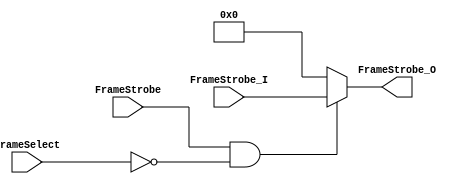
module Frame_Select_0 (FrameStrobe_I, FrameStrobe_O, FrameSelect, FrameStrobe);
	parameter MaxFramesPerCol = 20;
	parameter FrameSelectWidth = 5;
	parameter Col = 0;
	input [MaxFramesPerCol-1:0] FrameStrobe_I;
	output reg [MaxFramesPerCol-1:0] FrameStrobe_O;
	input [FrameSelectWidth-1:0] FrameSelect;
	input FrameStrobe;

//FrameStrobe_O = 0;
	always @ (*) begin
		if (FrameStrobe && (FrameSelect==Col)) 
			FrameStrobe_O =  FrameStrobe_I;
		else
			FrameStrobe_O = 'd0;
	end
endmodule

module Frame_Select_1 (FrameStrobe_I, FrameStrobe_O, FrameSelect, FrameStrobe);
	parameter MaxFramesPerCol = 20;
	parameter FrameSelectWidth = 5;
	parameter Col = 1;
	input [MaxFramesPerCol-1:0] FrameStrobe_I;
	output reg [MaxFramesPerCol-1:0] FrameStrobe_O;
	input [FrameSelectWidth-1:0] FrameSelect;
	input FrameStrobe;

//FrameStrobe_O = 0;
	always @ (*) begin
		if (FrameStrobe && (FrameSelect==Col)) 
			FrameStrobe_O =  FrameStrobe_I;
		else
			FrameStrobe_O = 'd0;
	end
endmodule

module Frame_Select_2 (FrameStrobe_I, FrameStrobe_O, FrameSelect, FrameStrobe);
	parameter MaxFramesPerCol = 20;
	parameter FrameSelectWidth = 5;
	parameter Col = 2;
	input [MaxFramesPerCol-1:0] FrameStrobe_I;
	output reg [MaxFramesPerCol-1:0] FrameStrobe_O;
	input [FrameSelectWidth-1:0] FrameSelect;
	input FrameStrobe;

//FrameStrobe_O = 0;
	always @ (*) begin
		if (FrameStrobe && (FrameSelect==Col)) 
			FrameStrobe_O =  FrameStrobe_I;
		else
			FrameStrobe_O = 'd0;
	end
endmodule

module Frame_Select_3 (FrameStrobe_I, FrameStrobe_O, FrameSelect, FrameStrobe);
	parameter MaxFramesPerCol = 20;
	parameter FrameSelectWidth = 5;
	parameter Col = 3;
	input [MaxFramesPerCol-1:0] FrameStrobe_I;
	output reg [MaxFramesPerCol-1:0] FrameStrobe_O;
	input [FrameSelectWidth-1:0] FrameSelect;
	input FrameStrobe;

//FrameStrobe_O = 0;
	always @ (*) begin
		if (FrameStrobe && (FrameSelect==Col)) 
			FrameStrobe_O =  FrameStrobe_I;
		else
			FrameStrobe_O = 'd0;
	end
endmodule

module Frame_Select_4 (FrameStrobe_I, FrameStrobe_O, FrameSelect, FrameStrobe);
	parameter MaxFramesPerCol = 20;
	parameter FrameSelectWidth = 5;
	parameter Col = 4;
	input [MaxFramesPerCol-1:0] FrameStrobe_I;
	output reg [MaxFramesPerCol-1:0] FrameStrobe_O;
	input [FrameSelectWidth-1:0] FrameSelect;
	input FrameStrobe;

//FrameStrobe_O = 0;
	always @ (*) begin
		if (FrameStrobe && (FrameSelect==Col)) 
			FrameStrobe_O =  FrameStrobe_I;
		else
			FrameStrobe_O = 'd0;
	end
endmodule

module Frame_Select_5 (FrameStrobe_I, FrameStrobe_O, FrameSelect, FrameStrobe);
	parameter MaxFramesPerCol = 20;
	parameter FrameSelectWidth = 5;
	parameter Col = 5;
	input [MaxFramesPerCol-1:0] FrameStrobe_I;
	output reg [MaxFramesPerCol-1:0] FrameStrobe_O;
	input [FrameSelectWidth-1:0] FrameSelect;
	input FrameStrobe;

//FrameStrobe_O = 0;
	always @ (*) begin
		if (FrameStrobe && (FrameSelect==Col)) 
			FrameStrobe_O =  FrameStrobe_I;
		else
			FrameStrobe_O = 'd0;
	end
endmodule

module Frame_Select_6 (FrameStrobe_I, FrameStrobe_O, FrameSelect, FrameStrobe);
	parameter MaxFramesPerCol = 20;
	parameter FrameSelectWidth = 5;
	parameter Col = 6;
	input [MaxFramesPerCol-1:0] FrameStrobe_I;
	output reg [MaxFramesPerCol-1:0] FrameStrobe_O;
	input [FrameSelectWidth-1:0] FrameSelect;
	input FrameStrobe;

//FrameStrobe_O = 0;
	always @ (*) begin
		if (FrameStrobe && (FrameSelect==Col)) 
			FrameStrobe_O =  FrameStrobe_I;
		else
			FrameStrobe_O = 'd0;
	end
endmodule

module Frame_Select_7 (FrameStrobe_I, FrameStrobe_O, FrameSelect, FrameStrobe);
	parameter MaxFramesPerCol = 20;
	parameter FrameSelectWidth = 5;
	parameter Col = 7;
	input [MaxFramesPerCol-1:0] FrameStrobe_I;
	output reg [MaxFramesPerCol-1:0] FrameStrobe_O;
	input [FrameSelectWidth-1:0] FrameSelect;
	input FrameStrobe;

//FrameStrobe_O = 0;
	always @ (*) begin
		if (FrameStrobe && (FrameSelect==Col)) 
			FrameStrobe_O =  FrameStrobe_I;
		else
			FrameStrobe_O = 'd0;
	end
endmodule

module Frame_Select_8 (FrameStrobe_I, FrameStrobe_O, FrameSelect, FrameStrobe);
	parameter MaxFramesPerCol = 20;
	parameter FrameSelectWidth = 5;
	parameter Col = 8;
	input [MaxFramesPerCol-1:0] FrameStrobe_I;
	output reg [MaxFramesPerCol-1:0] FrameStrobe_O;
	input [FrameSelectWidth-1:0] FrameSelect;
	input FrameStrobe;

//FrameStrobe_O = 0;
	always @ (*) begin
		if (FrameStrobe && (FrameSelect==Col)) 
			FrameStrobe_O =  FrameStrobe_I;
		else
			FrameStrobe_O = 'd0;
	end
endmodule

module Frame_Select_9 (FrameStrobe_I, FrameStrobe_O, FrameSelect, FrameStrobe);
	parameter MaxFramesPerCol = 20;
	parameter FrameSelectWidth = 5;
	parameter Col = 9;
	input [MaxFramesPerCol-1:0] FrameStrobe_I;
	output reg [MaxFramesPerCol-1:0] FrameStrobe_O;
	input [FrameSelectWidth-1:0] FrameSelect;
	input FrameStrobe;

//FrameStrobe_O = 0;
	always @ (*) begin
		if (FrameStrobe && (FrameSelect==Col)) 
			FrameStrobe_O =  FrameStrobe_I;
		else
			FrameStrobe_O = 'd0;
	end
endmodule

module Frame_Select_10 (FrameStrobe_I, FrameStrobe_O, FrameSelect, FrameStrobe);
	parameter MaxFramesPerCol = 20;
	parameter FrameSelectWidth = 5;
	parameter Col = 10;
	input [MaxFramesPerCol-1:0] FrameStrobe_I;
	output reg [MaxFramesPerCol-1:0] FrameStrobe_O;
	input [FrameSelectWidth-1:0] FrameSelect;
	input FrameStrobe;

//FrameStrobe_O = 0;
	always @ (*) begin
		if (FrameStrobe && (FrameSelect==Col)) 
			FrameStrobe_O =  FrameStrobe_I;
		else
			FrameStrobe_O = 'd0;
	end
endmodule